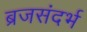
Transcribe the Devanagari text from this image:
ब्रजसंदर्भ